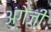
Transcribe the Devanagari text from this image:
अंगेज़ी